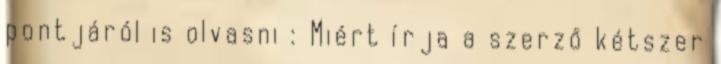
pontjáról is olvasni : Miért írja a szerző kétszer